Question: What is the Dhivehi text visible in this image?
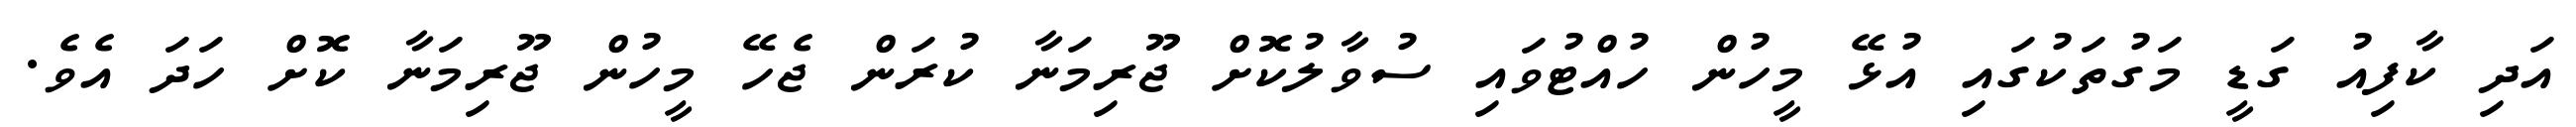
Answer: އަދި ކާފިއު ގަޑީ މަގުތަކުގައި އުޅޭ މީހުން ހުއްޓުވައި ސުވާލުކޮށް ޖޫރިމަނާ ކުރަން ޖެހޭ މީހުން ޖޫރިމަނާ ކޮށް ހަދަ އެވެ.